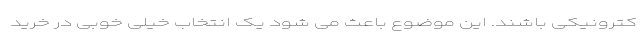
کترونیکی باشند. این موضوع باعث می شود یک انتخاب خیلی خوبی در خرید